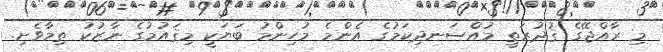
މި ރާއްޖޭގެ ޤުދުރަތީ މުއްސަނދިކަމުގެ އެންމެ މުހިންމު ބަޔަކީ މިޤައުމުގެ ނާޒުކު ތިމާވެށި.